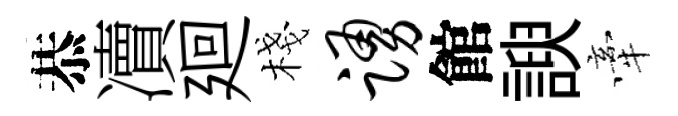
恭凟廻棧踊館諛牽